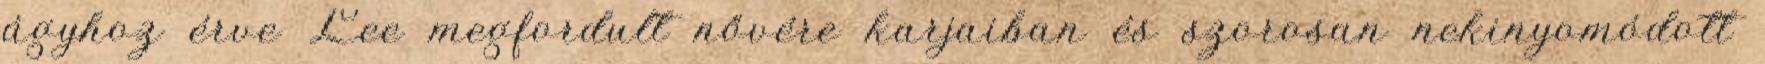
ágyhoz érve Lee megfordult nővére karjaiban és szorosan nekinyomódott